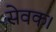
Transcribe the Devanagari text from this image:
सेवक।